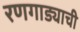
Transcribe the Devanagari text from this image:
रणगाड्याची